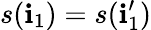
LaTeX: s(\mathbf{i}_{1})=s(\mathbf{i}_{1}^{\prime})